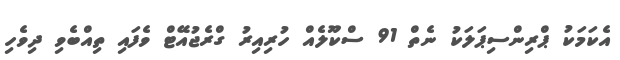
އެކަމަކު ޕްރިންސިޕަލަކު ނެތް 91 ސްކޫލެއް ހުރިއިރު ގްރެޖުއޭޓް ވެފައި ތިއްބެވި ދިވެހި